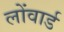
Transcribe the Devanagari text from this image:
लोंवार्ड